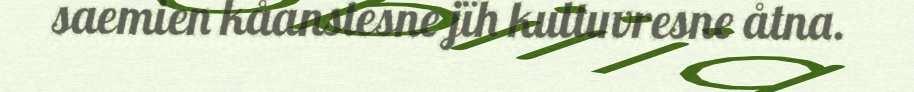
saemien kåanstesne jïh kultuvresne åtna.